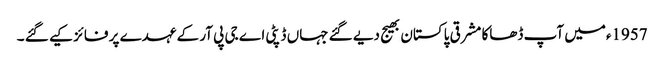
1957ءمیں آپ ڈھاکا مشرقی پاکستان بھیج دیے گئے جہاں ڈپٹی اے جی پی آر کے عہدے پر فائز کیے گئے ۔